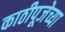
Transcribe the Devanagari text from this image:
काठीपूजेच्या